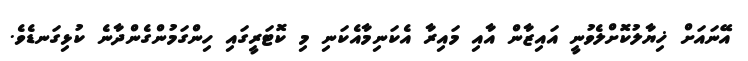
އޭނައަށް ޚިޔާލުކޮށްލެވުނީ އައިޒާން އާއި މައިރާ އެކަނިމާއެކަނި މި ކޮޓަރީގައި ހިންގަމުންގެންދާނެ ކުޅިގަނޑެވެ.